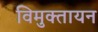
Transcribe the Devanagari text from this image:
विमुक्तायन